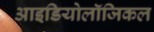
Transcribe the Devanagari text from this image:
आइडियोलॉजिकल